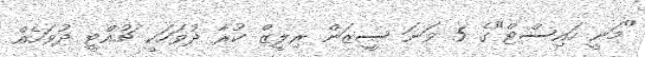
"މަނީ ހައިސްޓް"ގެ 5 ވަނަ ސީޒަން ރިލީޒް ކުރާ ދުވަހަކީ ޗުއްޓީ ދުވަހެއް